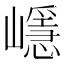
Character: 嶾